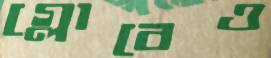
গ্লোবেও